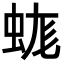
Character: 𧊑